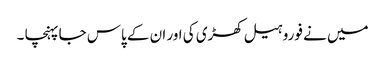
میں نے فوروہیل کھڑی کی اور ان کے پاس جا پہنچا ۔